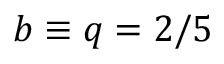
b \equiv q = 2 / 5